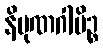
နိပုဏဂါမိဉ္စ